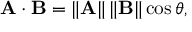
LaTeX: \mathbf { A } \cdot \mathbf { B } = \| \mathbf { A } \| \, \| \mathbf { B } \| \cos \theta ,